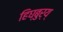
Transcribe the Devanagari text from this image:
हिघ्बुर्य्